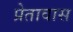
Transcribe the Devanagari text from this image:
प्रेतावास